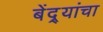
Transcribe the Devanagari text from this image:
बेंद्र्यांचा